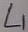
Text: L1